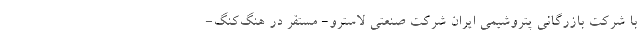
با شرکت بازرگانی پتروشیمی ایران شرکت صنعتی لاسترو- مستقر در هنگ‌کنگ-